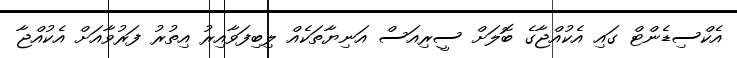
އެކްސިޑެންޓް ގައި އެކުއްޖާގެ ބޮލަށް ސީރިއަސް އަނިޔާތަކެއް ލިބިފަވާއިރު އިތުރު ފަރުވާއަށް އެކުއްޖާ